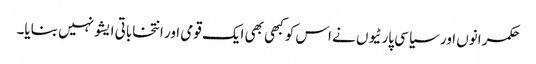
حکمرانوں اور سیاسی پارٹیوں نے اس کو کبھی بھی ایک قومی اور انتخاباتی ایشو نہیں بنایا۔